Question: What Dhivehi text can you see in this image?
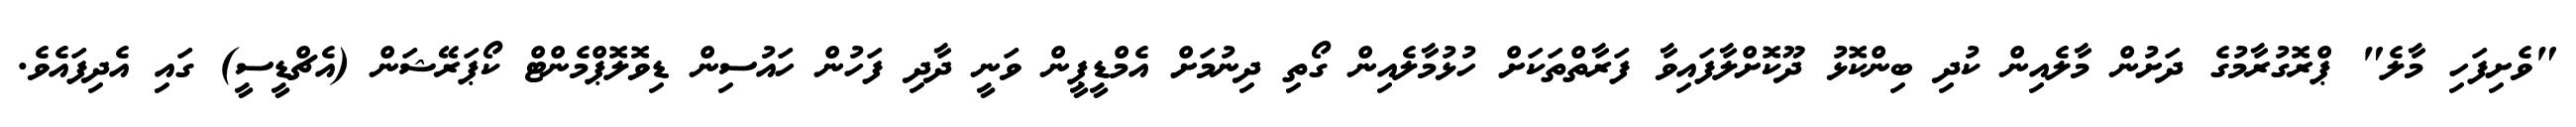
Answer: "ވެށިފަހި މާލެ" ޕްރޮގުރާމުގެ ދަށުން މާލެއިން ކުދި ބިންކޮޅު ދޫކޮށްލާފައިވާ ފަރާތްތަކަށް ހުޅުމާލެއިން ގޯތި ދިނުމަށް އެމްޑީޕީން ވަނީ ދާދި ފަހުން ހައުސިން ޑިވޮލޮޕްމެންޓް ކޯޕަރޭޝަން (އެޗްޑީސީ) ގައި އެދިފައެވެ.